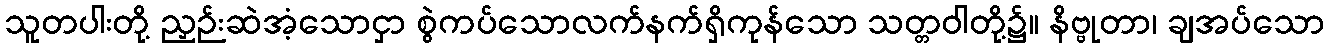
သူတပါးတို့ ညှဉ်းဆဲအံ့သောငှာ စွဲကပ်သောလက်နက်ရှိကုန်သော သတ္တဝါတို့၌။ နိဗ္ဗုတာ၊ ချအပ်သော